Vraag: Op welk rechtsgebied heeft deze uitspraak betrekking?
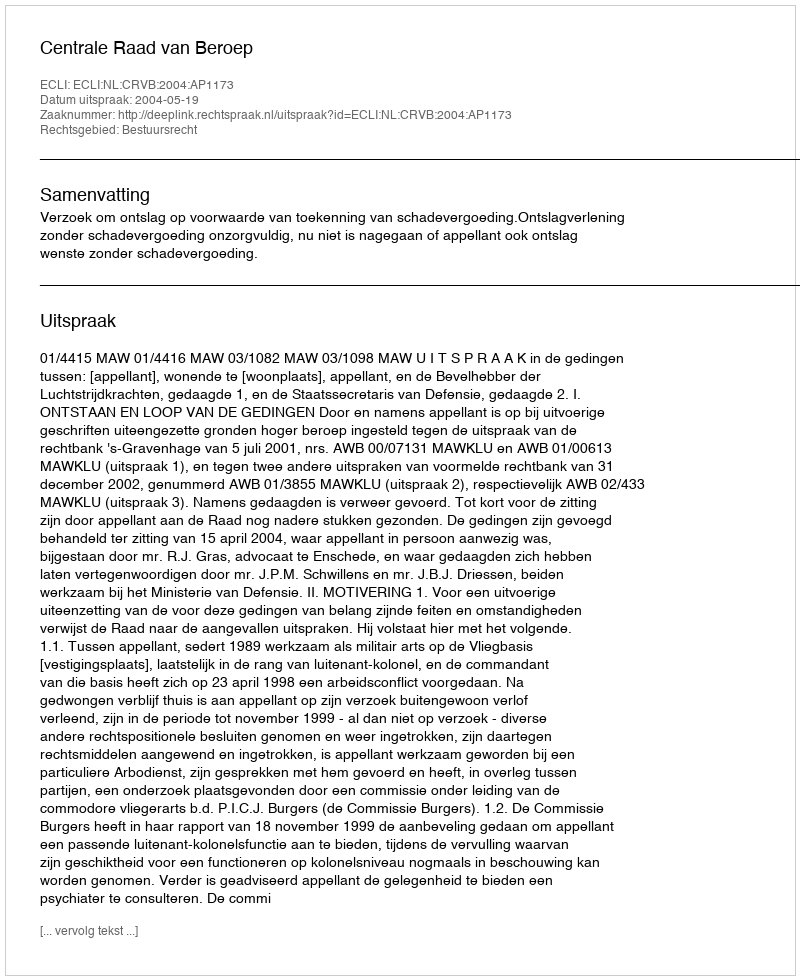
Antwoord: Bestuursrecht